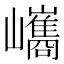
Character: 𡿀